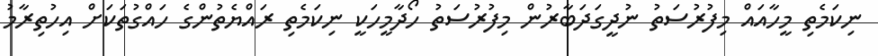
ނިކަމެތި މީހާއައް މިފުރުސަތު ނުދީގަދަބާރުން މިފުރުސަތު ހޯދާމީހަކީ ނިކަމެތި ރައްޔެތުންގެ ހައްގުތަކަށް އިހުތިރާމު